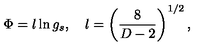
\Phi = l \ln g _ { s } , \quad l = \left( \frac { 8 } { D - 2 } \right) ^ { 1 / 2 } ,